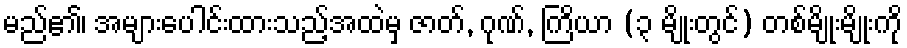
မည်၏၊ အများပေါင်းထားသည့်အထဲမှ ဇာတ်, ဂုဏ်, ကြိယာ (၃ မျိုးတွင်) တစ်မျိုးမျိုးကို